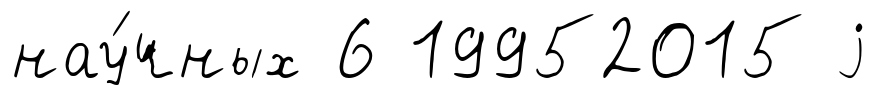
нау́чных 6 19952015 j